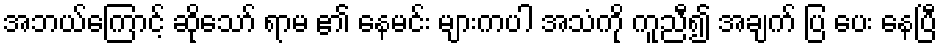
အဘယ်ကြောင့် ဆိုသော် ရာမ ၏ နေမင်း များကပါ အသံကို ကူညီ၍ အချက် ပြ ပေး နေပြီ